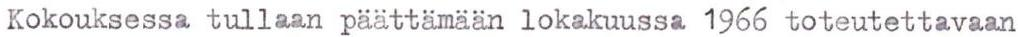
Kokouksessa tullaan päättämään lokakuussa 1966 toteutettavaan